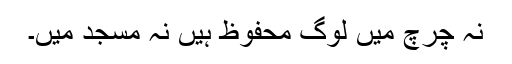
نہ چرچ میں لوگ محفوظ ہیں نہ مسجد میں۔